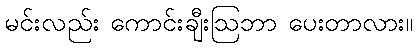
မင်းလည်း ကောင်းချီးဩဘာ ပေးတာလား။